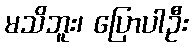
မသိဘူး၊ ပြောပါဦး